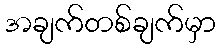
အချက်တစ်ချက်မှာ